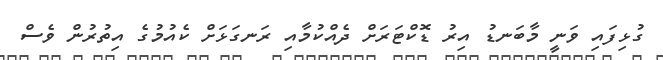
ގުޅިފައި ވަނީ މާބަނޑު އިރު ޑޮކްޓަރަށް ދެއްކުމާއި ރަނގަޅަށް ކެއުމުގެ އިތުރުން ވެސް